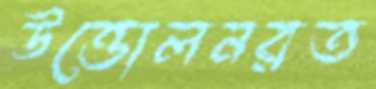
উত্তোলনরত